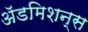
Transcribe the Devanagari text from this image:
अॅडमिशन्स